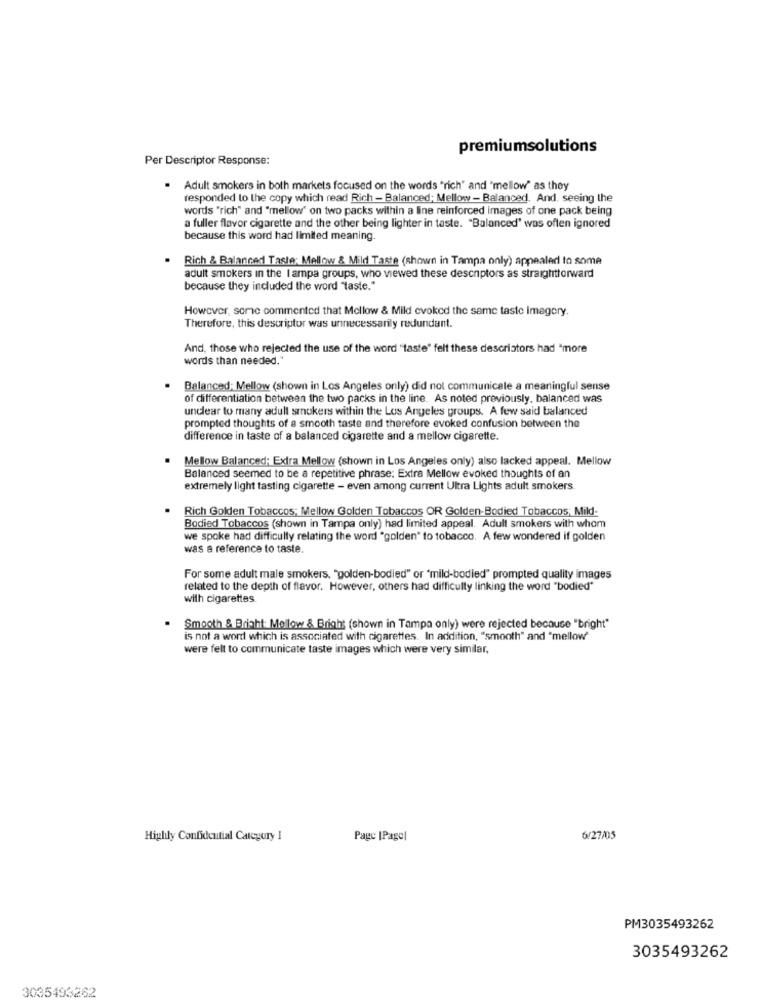
premiumsolutions
Per Descriptor Response:
Adult smokers in both markets focused on the words "rich" and "mellow" as they
responded to the copy which read Rich - Balanced; Mellow - Balanced. And. seeing the
words "rich" and "mellow' on two packs within a line reinforced images of one pack being
a fuller flavor cigarette and the other being lighter in taste. "Balanced" was often ignored
because this word had limited meaning.
Rich & Balanced Taste; Mellow & Mild Taste (shown in Tampa only) appealed to some
adult smokers in the I ampa groups, who viewed these descriptors as straightforward
because they included the word "taste."
However, some commented that Mellow & Mild evoked the same taste imagery.
Therefore, this descriptor was unnecessarily redundant.
And, those who rejected the use of the word "taste" felt these descriators had "more
words than needed."
Balanced; Mellow (shown in Los Angeles only) did not communicale a meaningful sense
of differentiation between the two packs in the line. As noted previously, balanced was
unclear to many adull smokers within the Los Angeles groups. A few said balanced
prompted thoughts of a smooth taste and therefore evoked confusion between the
difference in taste of a balanced cigarette and a mellow cigarette.
Mellow Balanced: Extra Mellow (shown in Los Angeles only) also lacked appeal. Mellow
Balanced seemed to be a repetitive phrase: Extra Mellow evoked thoughts of an
extremely light tasting cigarette - even among current Ultra Lights adult smokers.
Rich Golden Tobaccos; Mellow Golden Tobaccos OR Golden-Bodied Tobaccos; Mild-
Bodied Tobaccos (shown in Tampa only) had limited appeal. Adult smokers with whom
we spoke had difficulty relating the word "golden" to tobacco. A few wondered if golden
was a reference to taste.
For some adult male smokers, "golden-bodied" or "mild-bodied" prompted quality images
related to the depth of flavor. However, others had difficulty linking the word "bodied"
with cigarettes
Smooth & Bright: Mellow & Bright (shown in Tampa only) were rejected because "bright"
is not a word which is associated with cigarettes. In addition, "smooth" and "mellow"
were felt to communicate taste images which were very similar,
Highly Confidential Category 1
Page |Pagol
6/27/05
PM3035493262
3035493262
3035493262